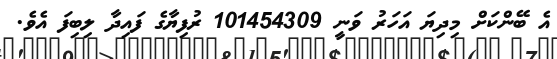
އެ ބޭންކަށް މިދިޔަ އަހަރު ވަނީ 101454309 ރުފިޔާގެ ފައިދާ ލިބިފަ އެވެ.